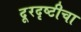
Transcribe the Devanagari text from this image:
दूरदृष्टीचा